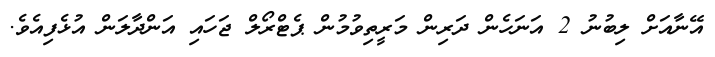
އޭނާއަށް ލިބުނު 2 އަނަހެން ދަރިން މަރީތިވުމުން ޕެޓްރޯލް ޖަހައި އަންދާލަން އުޅެފިއެވެ.